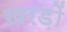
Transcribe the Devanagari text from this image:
खरड़ों